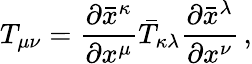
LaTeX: T_{\mu\nu}={\frac{\partial{\bar{x}}^{\kappa}}{\partial{x}^{\mu}}}{\bar{T}}_{\kappa\lambda}{\frac{\partial{\bar{x}}^{\lambda}}{\partial{x}^{\nu}}}\, ,